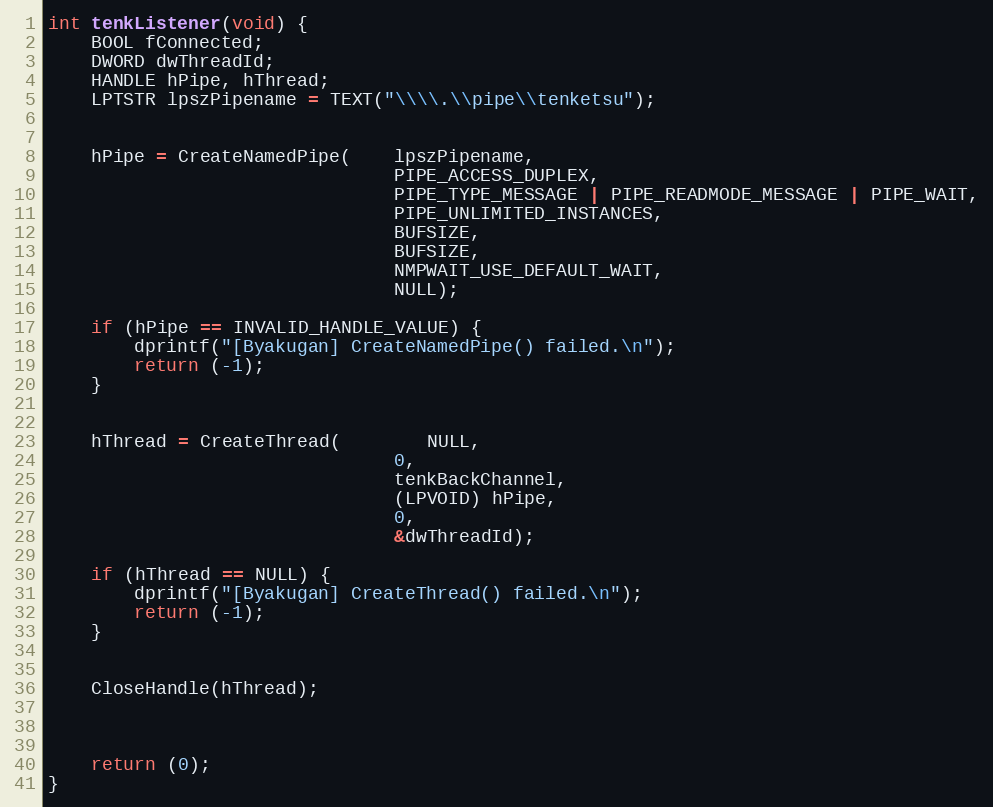
Language: C++
int tenkListener(void) {
   	BOOL fConnected;
   	DWORD dwThreadId;
   	HANDLE hPipe, hThread;
   	LPTSTR lpszPipename = TEXT("\\\\.\\pipe\\tenketsu");

	hPipe = CreateNamedPipe(	lpszPipename,
								PIPE_ACCESS_DUPLEX,
								PIPE_TYPE_MESSAGE | PIPE_READMODE_MESSAGE | PIPE_WAIT,
								PIPE_UNLIMITED_INSTANCES,
								BUFSIZE,
								BUFSIZE,
								NMPWAIT_USE_DEFAULT_WAIT,
								NULL);

	if (hPipe == INVALID_HANDLE_VALUE) {
		dprintf("[Byakugan] CreateNamedPipe() failed.\n");
		return (-1);
	}

	hThread = CreateThread(		NULL,
								0,
								tenkBackChannel,
								(LPVOID) hPipe,
								0,
								&dwThreadId);

    if (hThread == NULL) {
        dprintf("[Byakugan] CreateThread() failed.\n");
        return (-1);
    }

	CloseHandle(hThread);

	return (0);
}